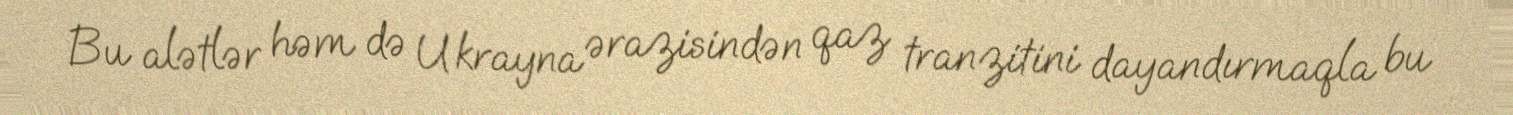
Bu alətlər həm də Ukrayna ərazisindən qaz tranzitini dayandırmaqla bu